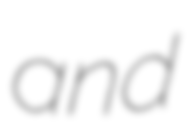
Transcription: and